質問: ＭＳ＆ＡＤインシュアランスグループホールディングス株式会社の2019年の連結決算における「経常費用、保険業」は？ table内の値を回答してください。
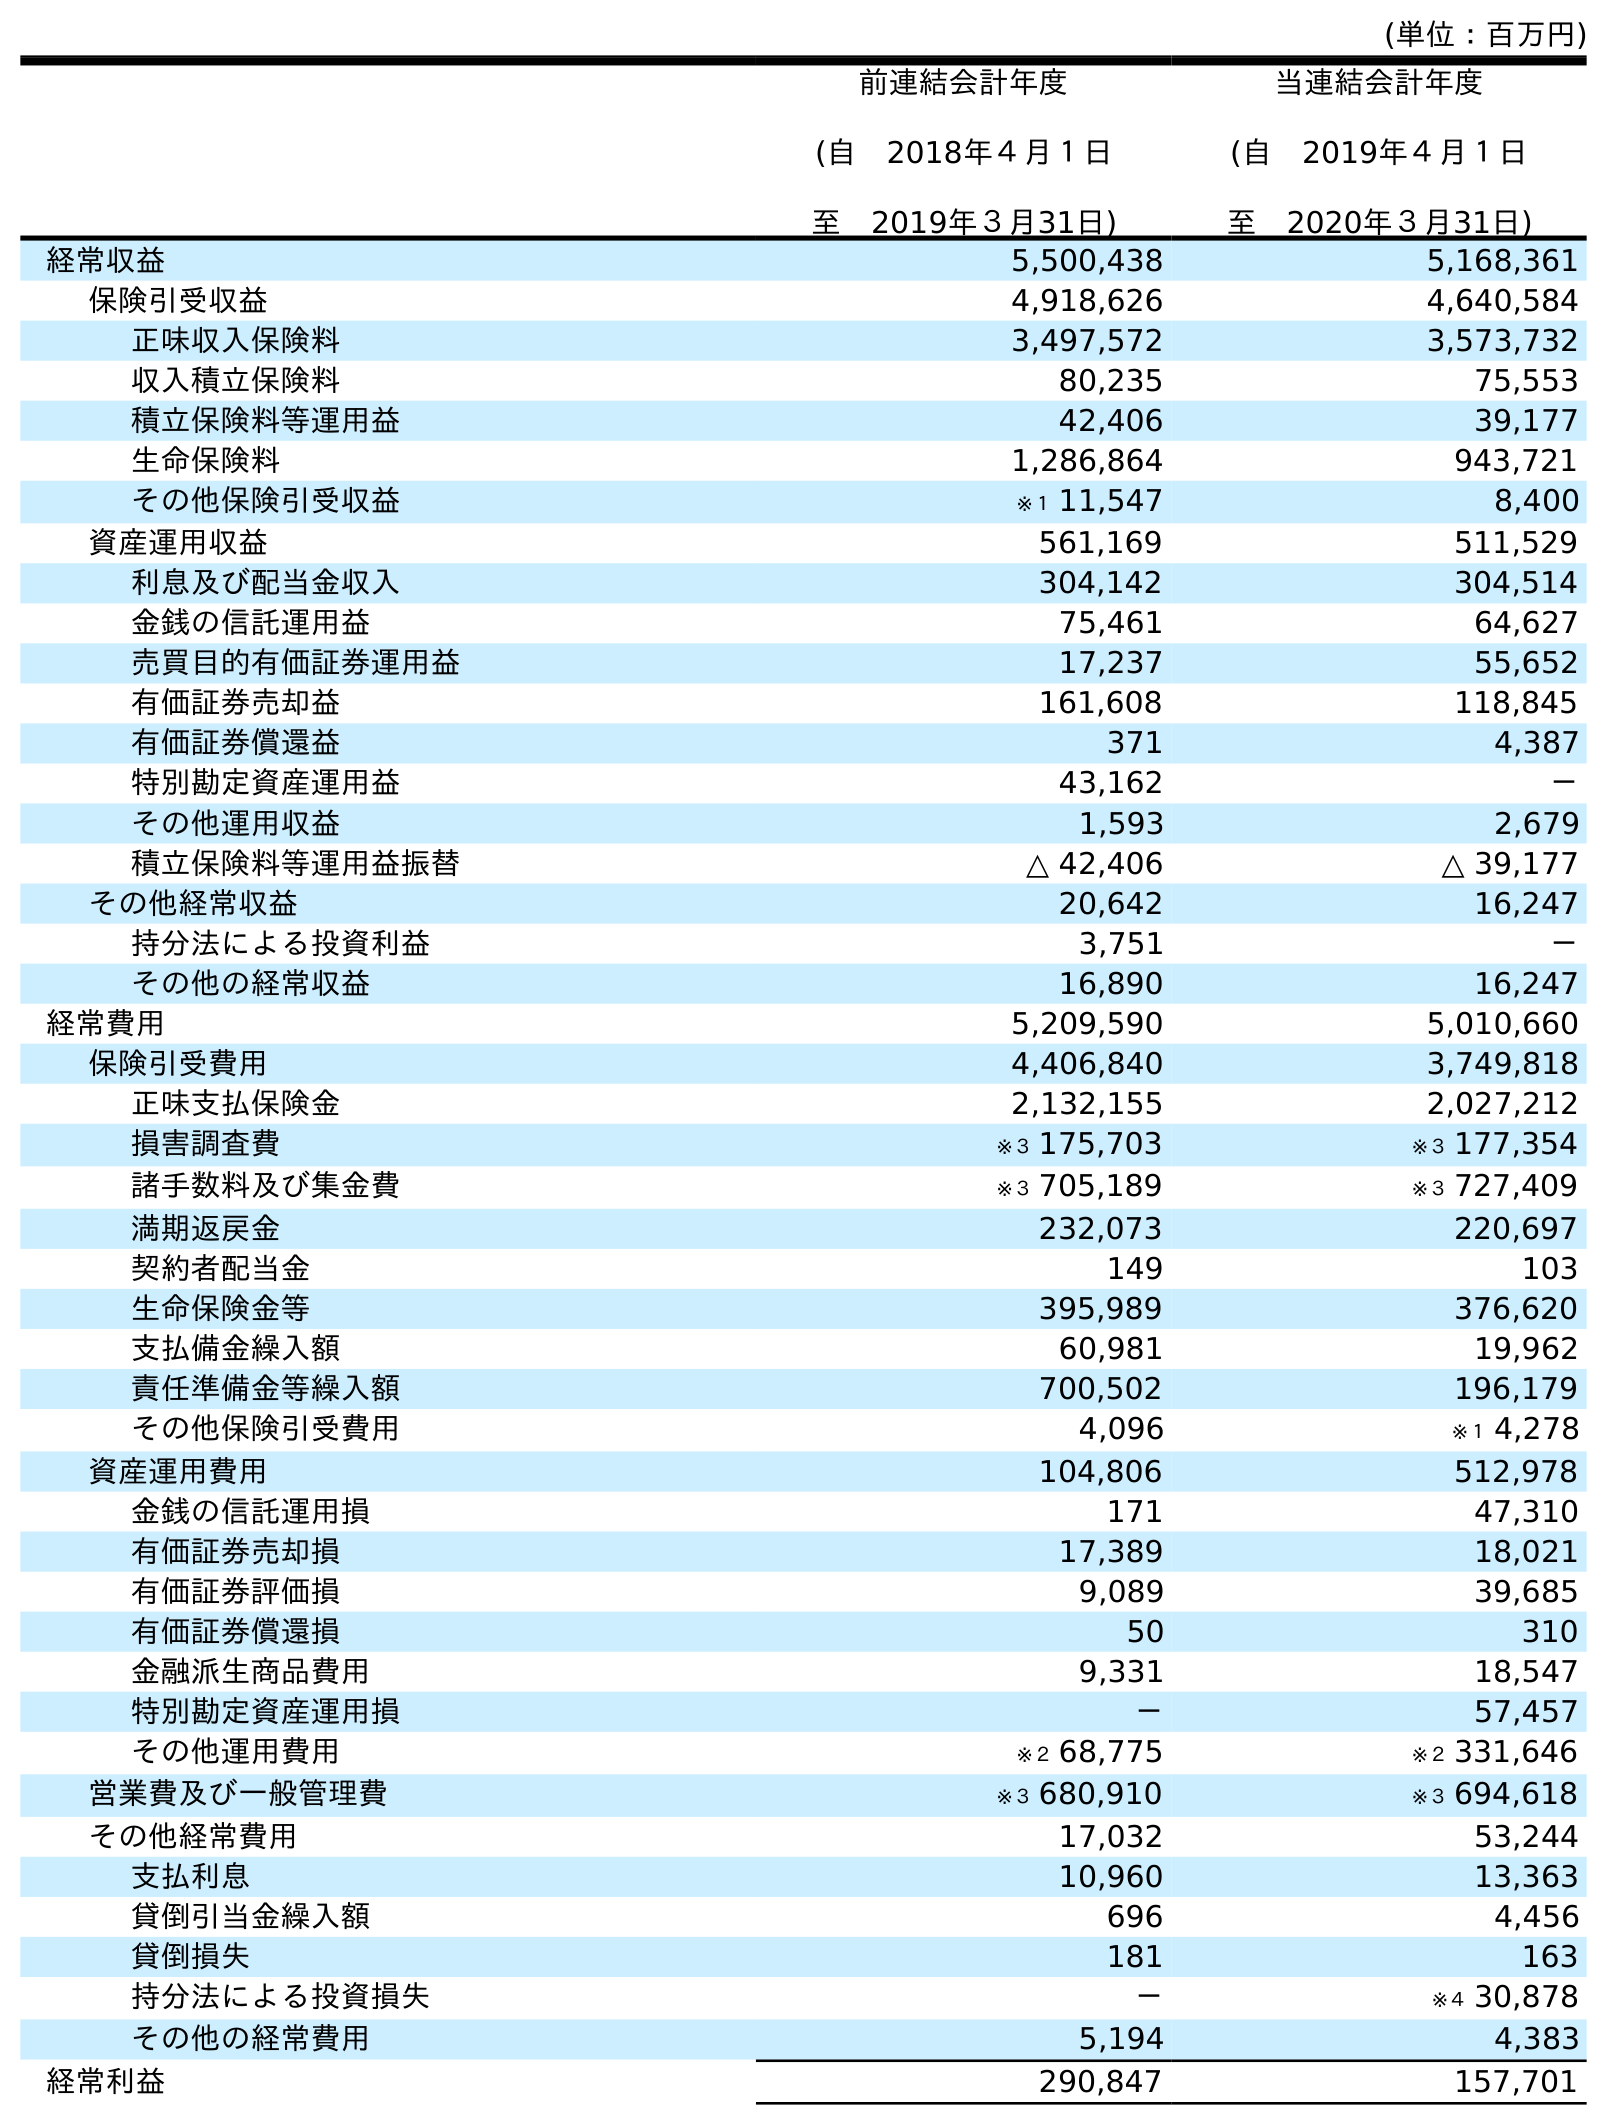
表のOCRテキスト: (単位：百万円) 前連結会計年度 (自 2018年４月１日 至 2019年３月31日) 当連結会計年度 (自 2019年４月１日 至 2020年３月31日) 経常収益 5,500,438 5,168,361 保険引受収益 4,918,626 4,640,584 正味収入保険料 3,497,572 3,573,732 収入積立保険料 80,235 75,553 積立保険料等運用益 42,406 39,177 生命保険料 1,286,864 943,721 その他保険引受収益 ※１ 11,547 8,400 資産運用収益 561,169 511,529 利息及び配当金収入 304,142 304,514 金銭の信託運用益 75,461 64,627 売買目的有価証券運用益 17,237 55,652 有価証券売却益 161,608 118,845 有価証券償還益 371 4,387 特別勘定資産運用益 43,162 － その他運用収益 1,593 2,679 積立保険料等運用益振替 △ 42,406 △ 39,177 その他経常収益 20,642 16,247 持分法による投資利益 3,751 － その他の経常収益 16,890 16,247 経常費用 5,209,590 5,010,660 保険引受費用 4,406,840 3,749,818 正味支払保険金 2,132,155 2,027,212 損害調査費 ※３ 175,703 ※３ 177,354 諸手数料及び集金費 ※３ 705,189 ※３ 727,409 満期返戻金 232,073 220,697 契約者配当金 149 103 生命保険金等 395,989 376,620 支払備金繰入額 60,981 19,962 責任準備金等繰入額 700,502 196,179 その他保険引受費用 4,096 ※１ 4,278 資産運用費用 104,806 512,978 金銭の信託運用損 171 47,310 有価証券売却損 17,389 18,021 有価証券評価損 9,089 39,685 有価証券償還損 50 310 金融派生商品費用 9,331 18,547 特別勘定資産運用損 － 57,457 その他運用費用 ※２ 68,775 ※２ 331,646 営業費及び一般管理費 ※３ 680,910 ※３ 694,618 その他経常費用 17,032 53,244 支払利息 10,960 13,363 貸倒引当金繰入額 696 4,456 貸倒損失 181 163 持分法による投資損失 － ※４ 30,878 その他の経常費用 5,194 4,383 経常利益 290,847 157,701
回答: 5,209,590